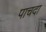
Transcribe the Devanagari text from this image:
पाचदा